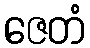
ဇေတံ